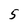
Character: 5